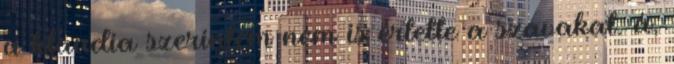
a klaudia szerintem nem is értette a szavakat. á,